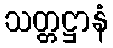
သတ္တဋ္ဌာနံ